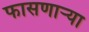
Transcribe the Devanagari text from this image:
फासणाऱ्या